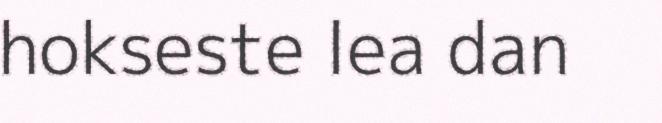
hokseste lea dan